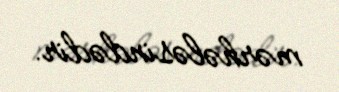
mərhələsindədir.